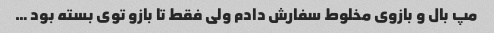
مپ بال و بازوی مخلوط سفارش دادم ولی فقط تا بازو توی بسته بود …